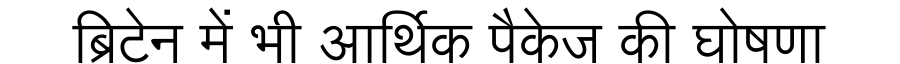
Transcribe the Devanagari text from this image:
ब्रिटेन में भी आर्थिक पैकेज की घोषणा